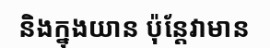
និងក្នុងយាន ប៉ុន្តែវាមាន